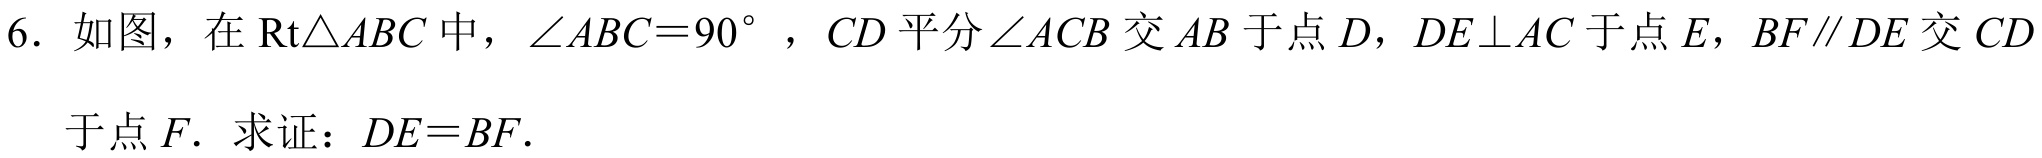
6. 如图，在$\text{Rt}\triangle ABC$中，$\angle ABC = 90^{\circ}$，$CD$平分$\angle ACB$交$AB$于点$D$，$DE\perp AC$于点$E$，$BF\parallel DE$交$CD$
于点$F$．求证：$DE = BF$．